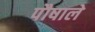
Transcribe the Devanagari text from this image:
पौषाले